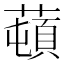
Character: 𦼿